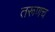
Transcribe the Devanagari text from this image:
तरूणच